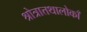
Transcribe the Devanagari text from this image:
श्रोत्रात्तथालोकाँ